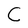
Character: C